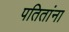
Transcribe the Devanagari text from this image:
पतितांना